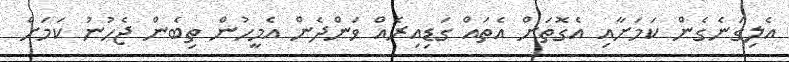
އެލިގަނެގެން ކަމަށާއި އެގޮތަށް އެތައް ގަޑިއިރެއް ވަންދެން އެމީހުން ތިބެން ޖެހުނު ކަމަށް